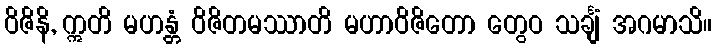
ဝိဇိနိ, ဣတိ မဟန္တံ ဝိဇိတမဿာတိ မဟာဝိဇိတော တွေဝ သင်္ချံ အဂမာသိ။